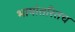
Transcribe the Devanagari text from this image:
भाषांतरितच